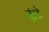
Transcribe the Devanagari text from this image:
कूंढे